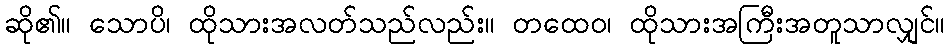
ဆို၏။ သောပိ၊ ထိုသားအလတ်သည်လည်း။ တထေဝ၊ ထိုသားအကြီးအတူသာလျှင်။